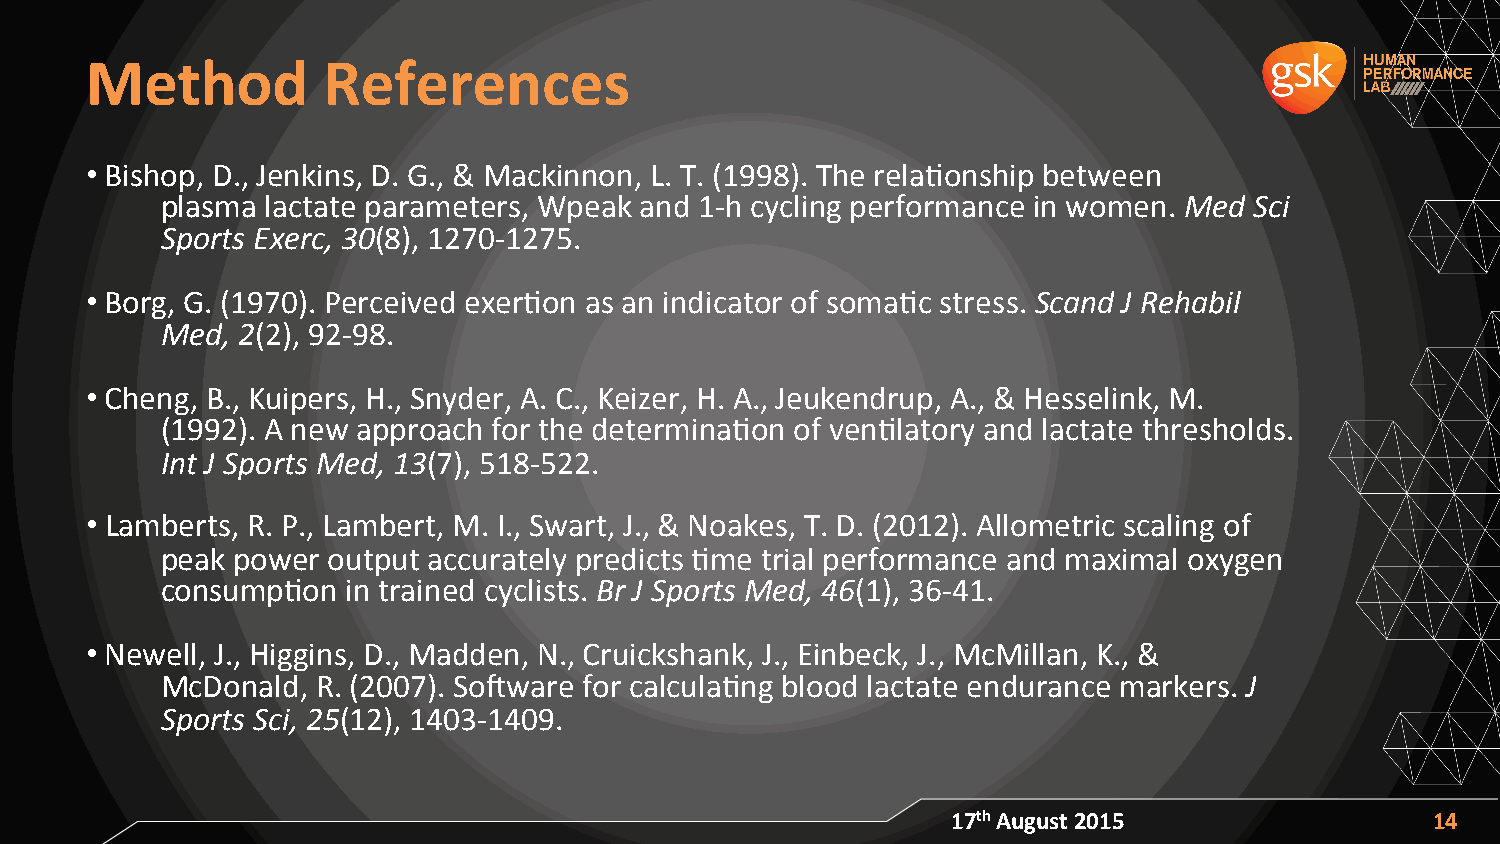
Method         References
 • Bishop, D., Jenkins, D. G., & Mackinnon, L. T. (1998). The relaAonship between
 plasma lactate parameters, Wpeak and 1-­‐h cycling performance in women. Med Sci
 Sports Exerc, 30(8), 1270-­‐1275.
 • Borg, G. (1970). Perceived exerAon as an indicator of somaAc stress. Scand J Rehabil
 Med, 2(2), 92-­‐98.
 • Cheng, B., Kuipers, H., Snyder, A. C., Keizer, H. A., Jeukendrup, A., & Hesselink, M.
 (1992). A new approach for the determinaAon of venAlatory and lactate thresholds.
 Int J Sports Med, 13(7), 518-­‐522.
 • Lamberts, R. P., Lambert, M. I., Swart, J., & Noakes, T. D. (2012). Allometric scaling of
 peak power output accurately predicts Ame trial performance and maximal oxygen
 consumpAon  in trained cyclists. Br J Sports Med, 46(1), 36-­‐41.
 • Newell, J., Higgins, D., Madden, N., Cruickshank, J., Einbeck, J., McMillan, K., &
 McDonald, R. (2007). SoXware for calculaAng blood lactate endurance markers. J
 Sports Sci, 25(12), 1403-­‐1409.
 17th August 2015                14